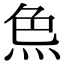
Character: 𤈖